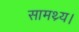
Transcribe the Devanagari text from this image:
सामथ्र्य।